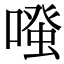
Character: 𠽟